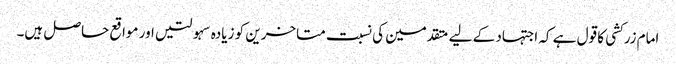
امام زرکشی کا قول ہے کہ اجتہاد کے لیے متقدمین کی نسبت متاخرین کو زیادہ سہولتیں اور مواقع حاصل ہیں۔